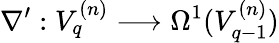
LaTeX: \nabla^{\prime}:V_{q}^{(n)}\longrightarrow\Omega^{1}(V_{q-1}^{(n)})